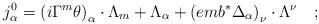
LaTeX: \begin{align*}j_\alpha ^0=\left( i\Gamma ^m\theta \right) _\alpha \cdot \Lambda_m+\Lambda _\alpha +\left( emb^{*}\Delta _\alpha \right) _\nu \cdot \Lambda^\nu \quad ;\end{align*}